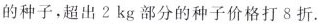
的种子，超出2kg部分的种子价格打8折。